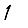
Digit: 1